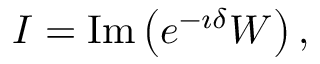
I = \mathrm { I m } \left( e ^ { - \imath \delta } { \cal W } \right) ,